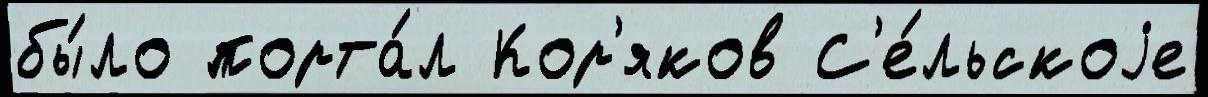
бы́ло порта́л Кор'яков С'е́льскоjе